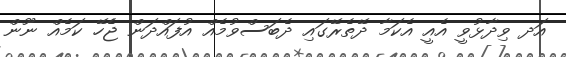
އަދ ވިދާޅުވީ އެއީ އެކަމާ ދޭތެރޭގައި ދެބަސްވުމެއް އުފައްދަން ޖެެހޭ ކަމެއް ނޫން